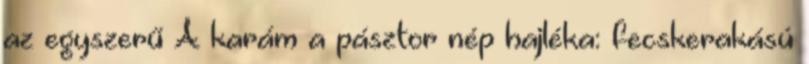
az egyszerű A karám a pásztor nép hajléka: fecskerakású